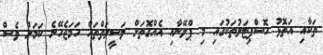
ތަކާއި އަތޮޅު ހޮސްޕިޓަލުތަކުގައި މި ޕްލޭނާއި އެއްގޮތަށް ވަސީލަތްތައް ހަމަޖެހޭނެ ކަމަށް ވެސް